Leaving Certificate Examination (including Day School Certificate (Higher) General paper), 1939
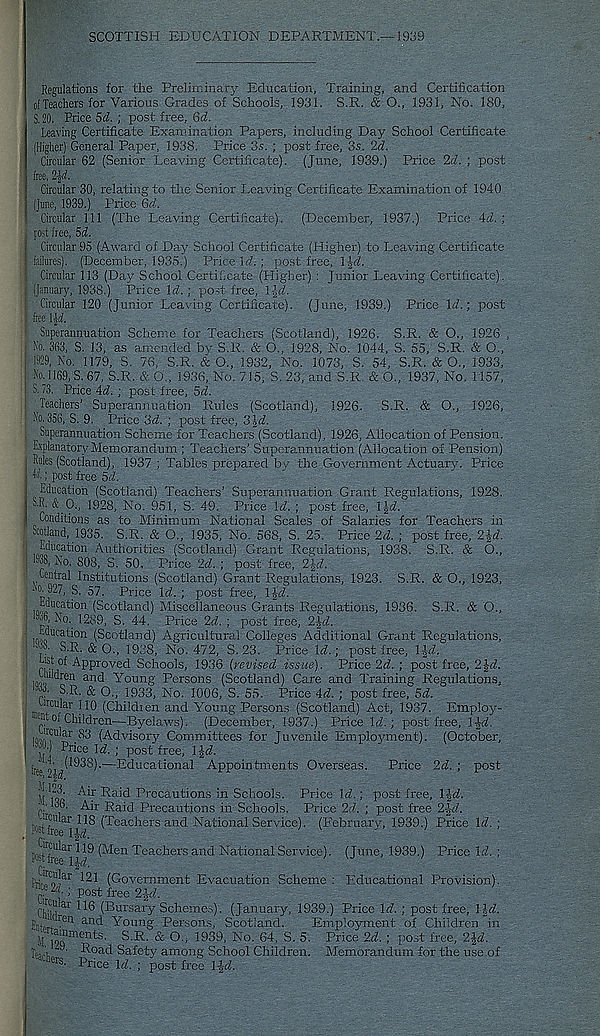
SCOTTISH EDUCATION DEPARTMENT.—1939
Regulations for the Preliminary Education, Training, and Certification
ofTeachers for Various Grades of Schools, 1931. S.R. & O., 1931, No. 180,
S, 20. Price 5d. ; post free, 6d.
Leaving Certificate Examination Papers, including Day School Certificate
(Higher) General Paper, 1938. Price 3s. ; post free, 3.s. 2d.
Circular 62 (Senior Leaving Certificate). (June, 1939.) Price 2d. ; post
free, l^d.
Circular 30, relating to the Senior Leaving Certificate Examination of 1940
(June, 1939.) Price Qd.
Circular 111 (The Leaving Certificate). (December, 1937.) Price 41. ;
S.R. & O., 1926
S. 55, S.R. & 0.,
post free, 5d.
Circular 95 (Award of Day School Certificate (Higher) to Leaving Certificate
failures). (December, 1935.) Price W.; post free, 1W.
Circular 113 (Day School Certificate (Higher) : Junior Leaving Certificate).
(January, 1938.) Price Id!. ; post free, 1 Id.
Circular 120 (Junior Leaving Certificate). (June, 1939.) Price 1.7.; post
free \\i.
Superannuation Scheme for Teachers (Scotland), 1926.
No. 363, S. 13, as amended by S.R. & O., 1928, No. 1044,
!®9, No. 1179, S. 76, .S.R. & O., 1932, No. 1073, S. 54, S.R. & O., 1933,
No. 1169, S. 67, S.R. &0., 1936, No. 715, S. 23, and S.R. & O., 1937, No. 1157,
S. 73. Price 47. ; post free, 57.
Teachers’ Superannuation Rules (Scotland), 1926. S.R. & O., 1926,
No. 356, S. 9. Price 37. ; post free, 317.
Superannuation Scheme for Teachers (Scotland), 1926, Allocation of Pension.
Explanatory Memorandum ; Teachers’ Superannuation (Allocation of Pension)
Rules (Scotland), 1937 ; Tables prepared by the Government Actuary. Price
W.; post free 57.
Education (Scotland) Teachers’ Superannuation Grant Regulations, 1928.
SR. ft 0., 1928, No. 951, S. 49. Price 17. ; post free, 1|7.
Conditions as to Minimum National Scales of Salaries for Teachers in
Scotland, 1935. S.R. & O., 1935, No. 568, S. 25. Price 27. ; post free, 2J7.
Edwatitm Authorities (Scotland) Grant Regulations, 1938. S.R. & 6.,
“8, Eco. 808, S. 50. Price 27. ; post free, 2\d.
Central Institutions (Scotland) Grant Regulations, 1923. S.R. & O., 1923,
No. 927, S. 57. Price 17. post free, 11'7.
.location (Scotland) Miscellaneous Grants Regulations, 1936. S.R. & O.,
m ^T°'. E289, S. 44. Price 27. ; post free, 2-J7.
Wucatkm (Scotland) Agricultural Colleges Additional Grant Regulations,
S.R. &0„ 1938, No. 472, S. 23. Price 17.; post free, Ud.
hh of Approved Schools, 1936 (revised issue). Price 27. ; post free, 2J7.
.EWten and Young Persons (Scotland) Care and Training Regulations,
S.R. & O., 1933, No. 1006, S. 55. Price 47. ; post free, 57.
Circular 110 (Children and Young Persons (Scotland) Act, 1937. Employ-
of Children—Byelaws). (December, 1937.) Price 17.; post free, 1£7.
'?>a r .83 (Advisory Committees for Juvenile Employment). (October,
jjj Price 17.; post free, 1|7.
■ : s
—Educational Appointments Overseas. Price 27. ; post
Air Raid Precautions in Schools. Price 17.; post free, 1-J7.
f .
Air Raid Precautions in Schools. Price 27. ; post free 2-J7.
(Teachers and National Service). (February, 1939.) Price 17.;
Circular ij9 (j|en Teachers and National Service). (June, 1939.) Price 17. ;
t«tfree \^ci
i
)
Pr; m
C „ Uar C21 (Government Evacuation Scheme : Educational Provision).
; post free 2J7.
Chd] 41
(Bursary Schemes). (January, 1939.) Price 17. ; post free, 117.
Er Jr ren an<^ Young Persons, Scotland.
Employment of Children in
jjttBunente. S.R. & O., 1939, No. 64, S. 5. Price 27. ; post free, 2J7.
'
Road Safety among School Children. Memorandum for the use of
Price 17. ; post free 1J7.